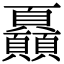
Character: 𩖏